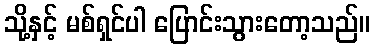
သို့နှင့် မစ်ရှင်ပါ ပြောင်းသွားတော့သည်။